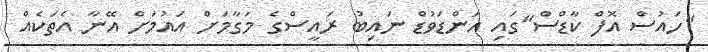
"ހައުސް އޮފް ކާޑްސް"ގައި އަންޑަވުޑް ނައިބު ރައީސްގެ މަގާމަށް އައުމަށް އޭނާ އެތަކެއް